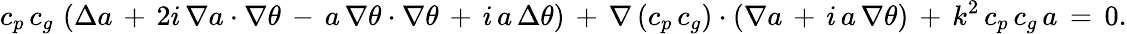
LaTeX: c_{p}\, c_{g}\, \left(\Delta a\, +\, 2i\, \nabla a\cdot\nabla\theta\, -\, a\, \nabla\theta\cdot\nabla\theta\, +\, i\, a\, \Delta\theta\right)\, +\, \nabla\left(c_{p}\, c_{g}\right)\cdot\left(\nabla a\, +\, i\, a\, \nabla\theta\right)\, +\, k^{2}\, c_{p}\, c_{g}\, a\, =\, 0.